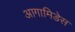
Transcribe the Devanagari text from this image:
आगामिडेस